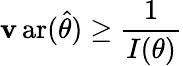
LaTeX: \operatorname{\mathbf{v}ar}({\hat{{\theta}}})\geq{\frac{{1}}{{I(\theta)}}}